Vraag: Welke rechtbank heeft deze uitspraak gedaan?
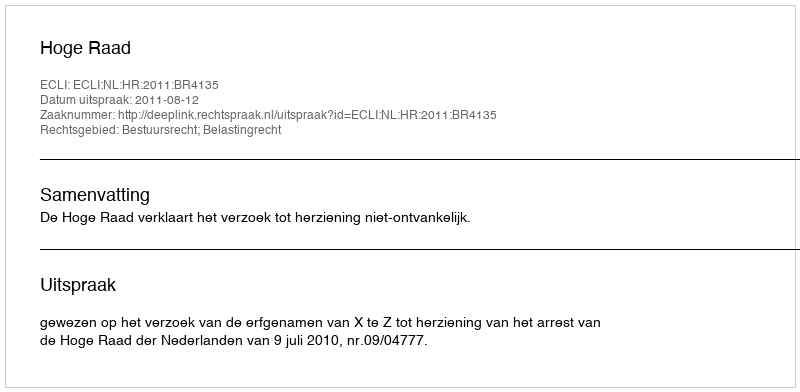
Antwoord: Hoge Raad